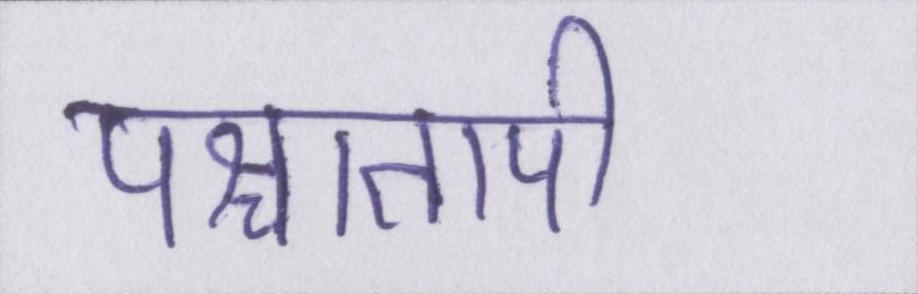
पश्चातापी